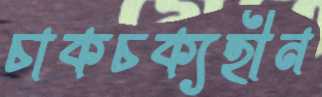
চাকচক্যহীন